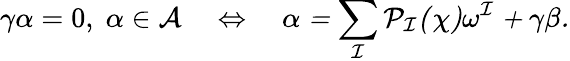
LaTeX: \gamma\alpha=0,\; \alpha\in\cal{A}\quad\Leftrightarrow\quad\alpha=\sum_{I}P_{I}(\chi)\omega^{I}+\gamma\beta.